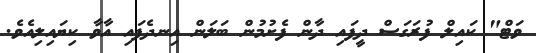
ވަޓް" ކައިލް ފުރަގަސް ދީފައި ދާން ފެށުމުން ބަލަން އިނދެފައި އާވާ ކިޔައިލިއެވެ.